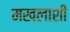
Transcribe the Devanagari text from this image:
मखलाशी